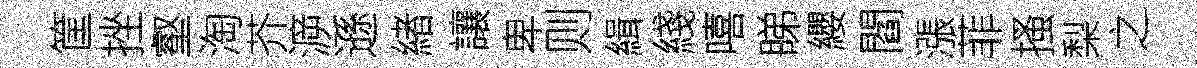
筐挫壑淘芥㴑遜緖讓卑则緝綫嘻睇纓閻漲菲搔梨之